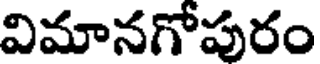
విమానగోపురం